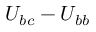
U _ { b c } - U _ { b b }